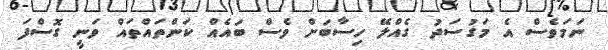
ނަމަވެސް އެ މަގުސަދު ގެއްލޭ ހިސާބަށް ވެސް ބައެއް ކަންތައްތައް ވަނީ ގޮސްފަ